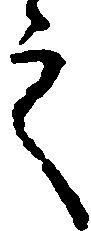
之